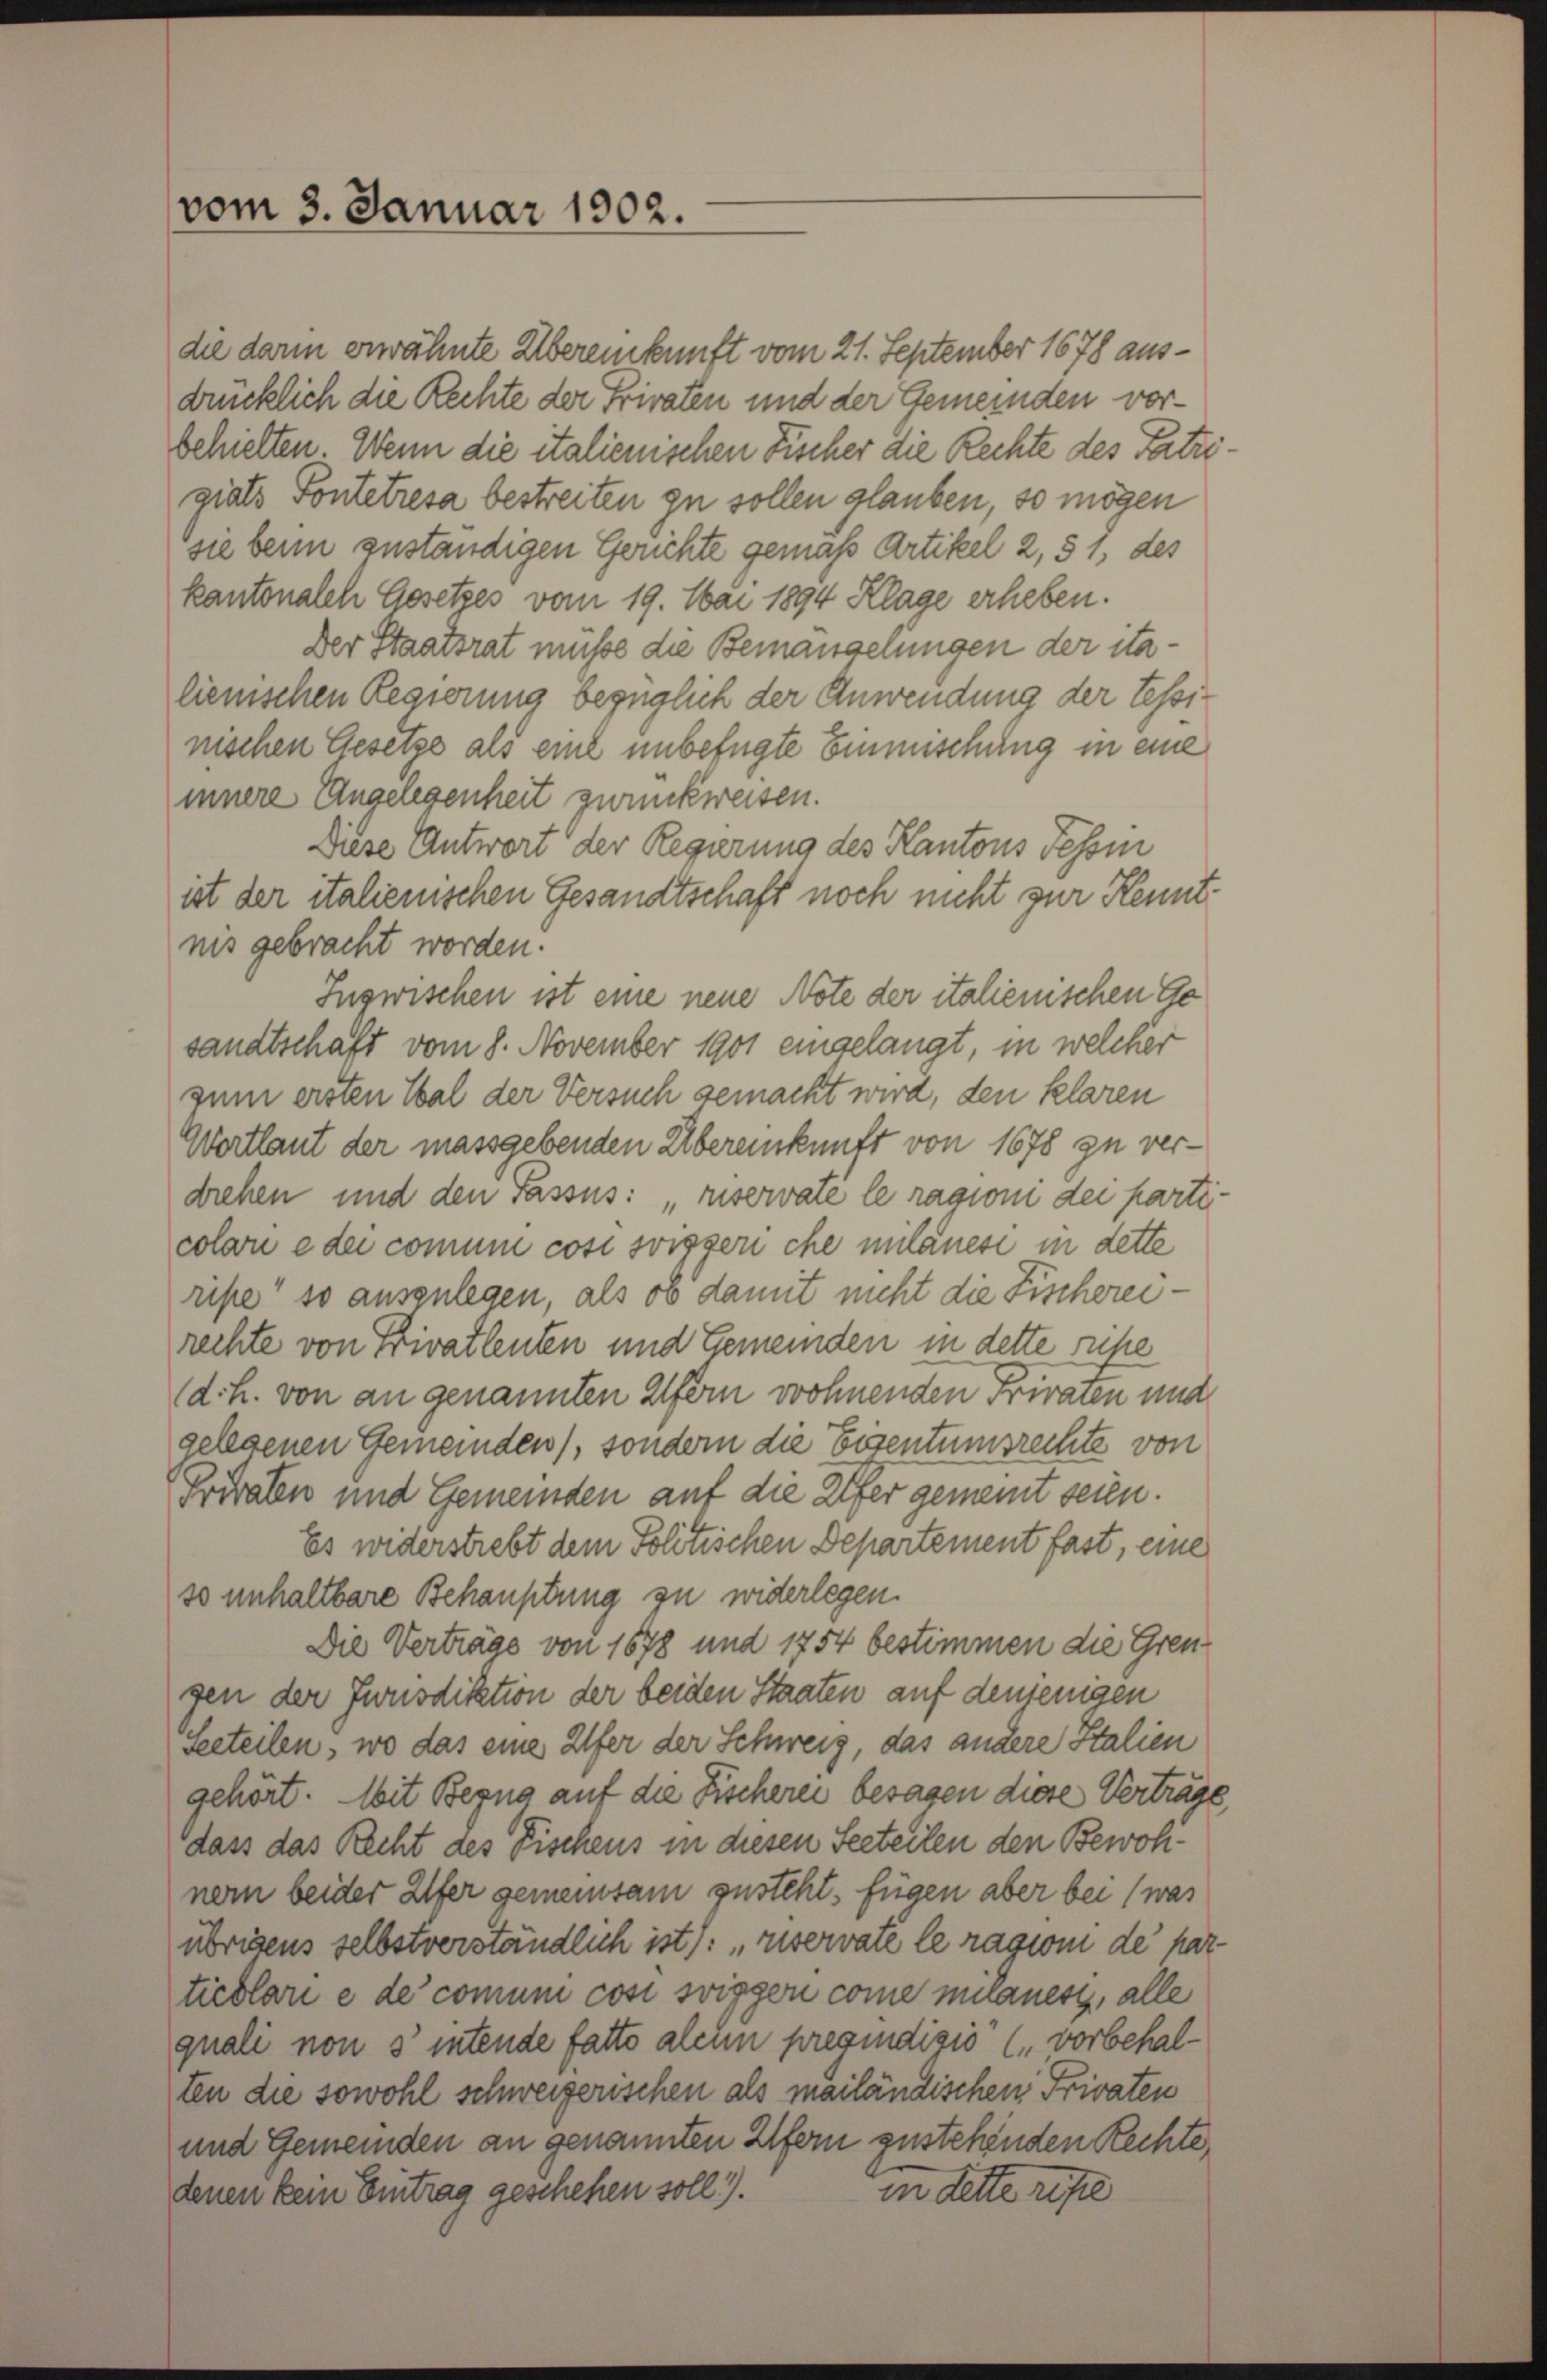
die darin erwähnte Übereinkunft vom 21. September 1678 ausdüncklich die Rechte der Privaten und der Gemeinden vorbehielten. Wenn die italienischen Fischer die Rechte des Patri
giats Fontetresa bestreiten zu sollen glauben, so mögen
sie beim zuständigen Gerichte gemäß Artikel 2, § 1, des
kantonalch Gesetzes vom 19. Mai 1894 Klage erheben.
Der Staatsrat müsse die Bemandelungen der italienischen Regierung bezüglich der Anwendung der tessinischen Gesetze als eine unbefügte Einmischung in eine
innere Angelegenheit zurückweisen.
Diese Antwort der Regierung des Kantons Tessin
ist der italienischen Gesandtschaft noch nicht zur Kenntnis gebracht worden.
Inzwischen ist eine neue Note der italienischen Gesandtschaft vom 8. November 1901 eingelangt, in welcher
zum ersten Tal der Versuch gemacht wird, den klaren
Wortlaut der massgebenden Übereinkunft von 1678 zu verdrehen und den Passus: „riservate le ragioni der parti
coloni e der comme cosi soiggeri che milanese in dette
ripe" so auszulegen, als ob damit nicht die Fischereirechte von Privatleuten und Gemeinden in dette reihe
(d. h. von an genannten Ufern wohnenden Privaten und
gelegenen Gemeinden), sondern die Eisentumsrechte von
Privaten und Gemeinden auf die Eifer gemeint seien.
Es widerstrebt dem Politischen Departement fast, eine
so unhaltbare Behauptung zu widerlegen.
Die Verträge von 1678 und 1754 bestimmen die Grengen der Jurisdiktion der beiden Staaten auf denjenigen
Seeteilen, wo das eine Eifer der Schweiz, das andere Stalien
gehört. Mit Bezug auf die Fischerei besagen diese Verträge
dass das Recht des Fischens in diesen Seeteilen den Bewohnern beider Ufer gemeinsam zusteht, fügen aber bei (was
übrigens selbstverständlich ist): „riservate le ragion de par
tieblari e de comum cosi sviggen comme mitanest, alle
quali non s’ intende fatto alchn pregindizio (vorbehalten die sowohl schweizerischen als mailändischen Privaten
und Gemeinden an genannten Ufern zustehenden Rechte,
in dette reste
denen kein Eintrag geschehen soll).

vom 3. Januar 1902.